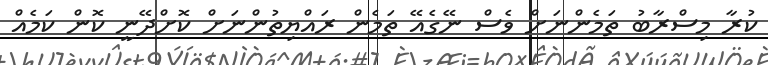
ކުރާ މިސްރާބު ތަމެންނަށް ވެސް ނޭގެއޭ ތަމެން ރައްޔިތުންނަށް ކޮށްދޭނީ ކޮން ކަމެއް